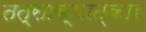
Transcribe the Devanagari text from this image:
तत्साक्षात्कार